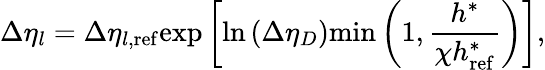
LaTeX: \Delta\eta_{l}=\Delta\eta_{l,\mathrm{ref}}\mathrm{exp}\left[\mathrm{ln}\left(\Delta\eta_{D}\right)\mathrm{min}\left(1,\frac{h^{*}}{\chi h_{\mathrm{ref}}^{*}}\right)\right],